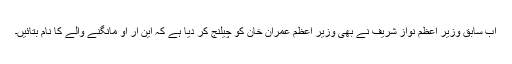
اب سابق وزیر اعظم نواز شریف نے بھی وزیر اعظم عمران خان کو چیلنج کر دیا ہے کہ این آر او مانگنے والے کا نام بتائیں۔